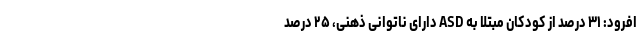
افرود: ۳۱ درصد از کودکان مبتلا به ASD دارای ناتوانی ذهنی، ۲۵ درصد